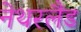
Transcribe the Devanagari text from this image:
नेथरलैंड